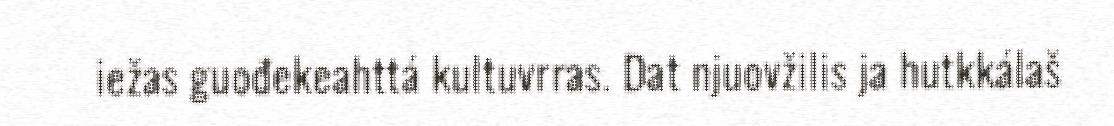
iežas guođekeahttá kultuvrras. Dat njuovžilis ja hutkkálaš